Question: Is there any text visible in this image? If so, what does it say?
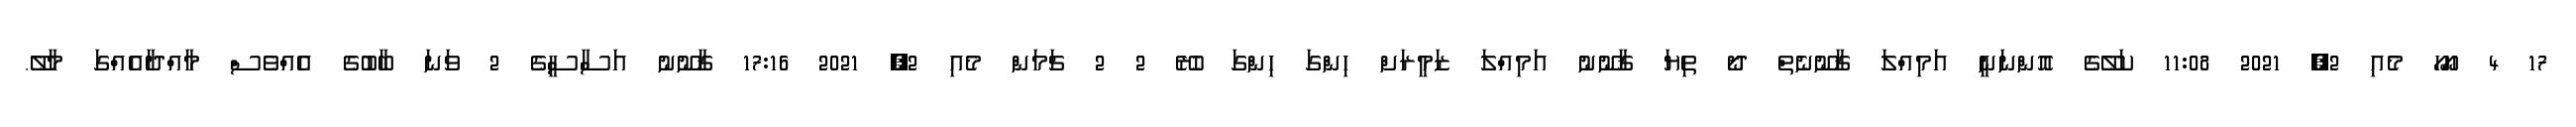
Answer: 17 4 ހހޯހޯ މެއި 2, 2021 11:08 ކަލޭގެ އޮންނަނީ އަމިއްލަ ޤާނޫނެތް ދޯ ތިޔަ ޤާނޫނު އަމިއްލަ ޒަމީރަށް ހިންގަ ހިންގަ ހުރޭ 2 2 ޗަމަން މެއި 2, 2021 17:16 ޤާނޫނު އަސާސީގެ 2 ވަނަ ބާބުގެ އެއްވެސް މާއްދާއެއްގަ މާލޭ.